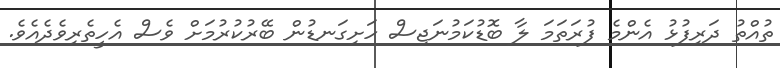
ތުއްތު ދަރިފުޅު އެންމެ ފުރަތަމަ ލާ ބޮޑުކަމުނަޖިސް ހަށިގަނޑުން ބޭރުކުރުމަށް ވެސް އެހީތެރިވެދެއެވެ.